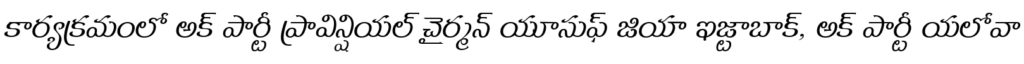
కార్యక్రమంలో అక్ పార్టీ ప్రావిన్షియల్ చైర్మన్ యూసుఫ్ జియా ఇజ్టాబాక్, అక్ పార్టీ యలోవా